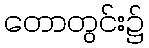
တောတွင်း၌